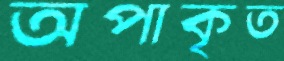
অপাকৃত